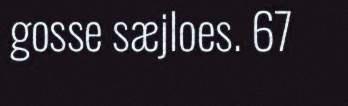
gosse sæjloes. 67